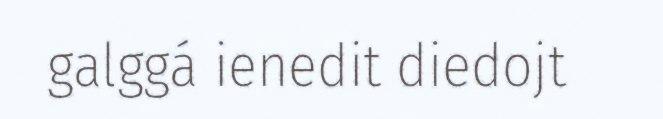
galggá ienedit diedojt